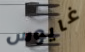
غايوس